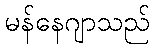
မန်နေဂျာသည်